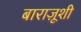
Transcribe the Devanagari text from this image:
बाराज़ूशी